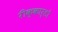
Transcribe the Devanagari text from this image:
रीक्कार्डो